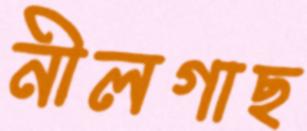
নীলগাছ